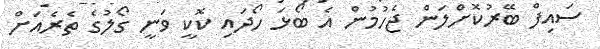
ސައިފް ބޭރުކޮށްލަން ޖެހުމުން އެ ބޯޅަ ހޯދައި ކޮކީ ވަނީ ގޯލުގެ ތެރެއަށް